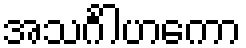
အသင်္ဂါဟကော